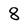
Character: 8